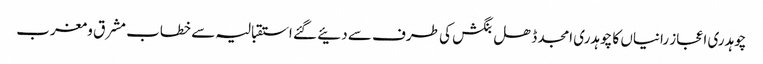
چوہدری اعجاز رانیاں کا چوہدری امجد ڈھل بنگش کی طرف سے دئیے گئے استقبالیہ سے خطاب	 مشرق و مغرب